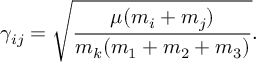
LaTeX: \gamma _ { i j } = \sqrt { \frac { \mu ( m _ { i } + m _ { j } ) } { m _ { k } ( m _ { 1 } + m _ { 2 } + m _ { 3 } ) } } .